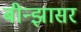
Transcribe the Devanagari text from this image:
बीन्झासर